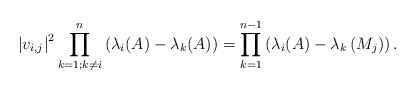
\begin{align*}\left|v_{i, j}\right|^{2} \prod_{k=1 ; k \neq i}^{n}\left(\lambda_{i}(A)-\lambda_{k}(A)\right)=\prod_{k=1}^{n-1}\left(\lambda_{i}(A)-\lambda_{k}\left(M_{j}\right)\right) .\end{align*}